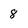
Character: 8